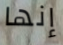
إنها